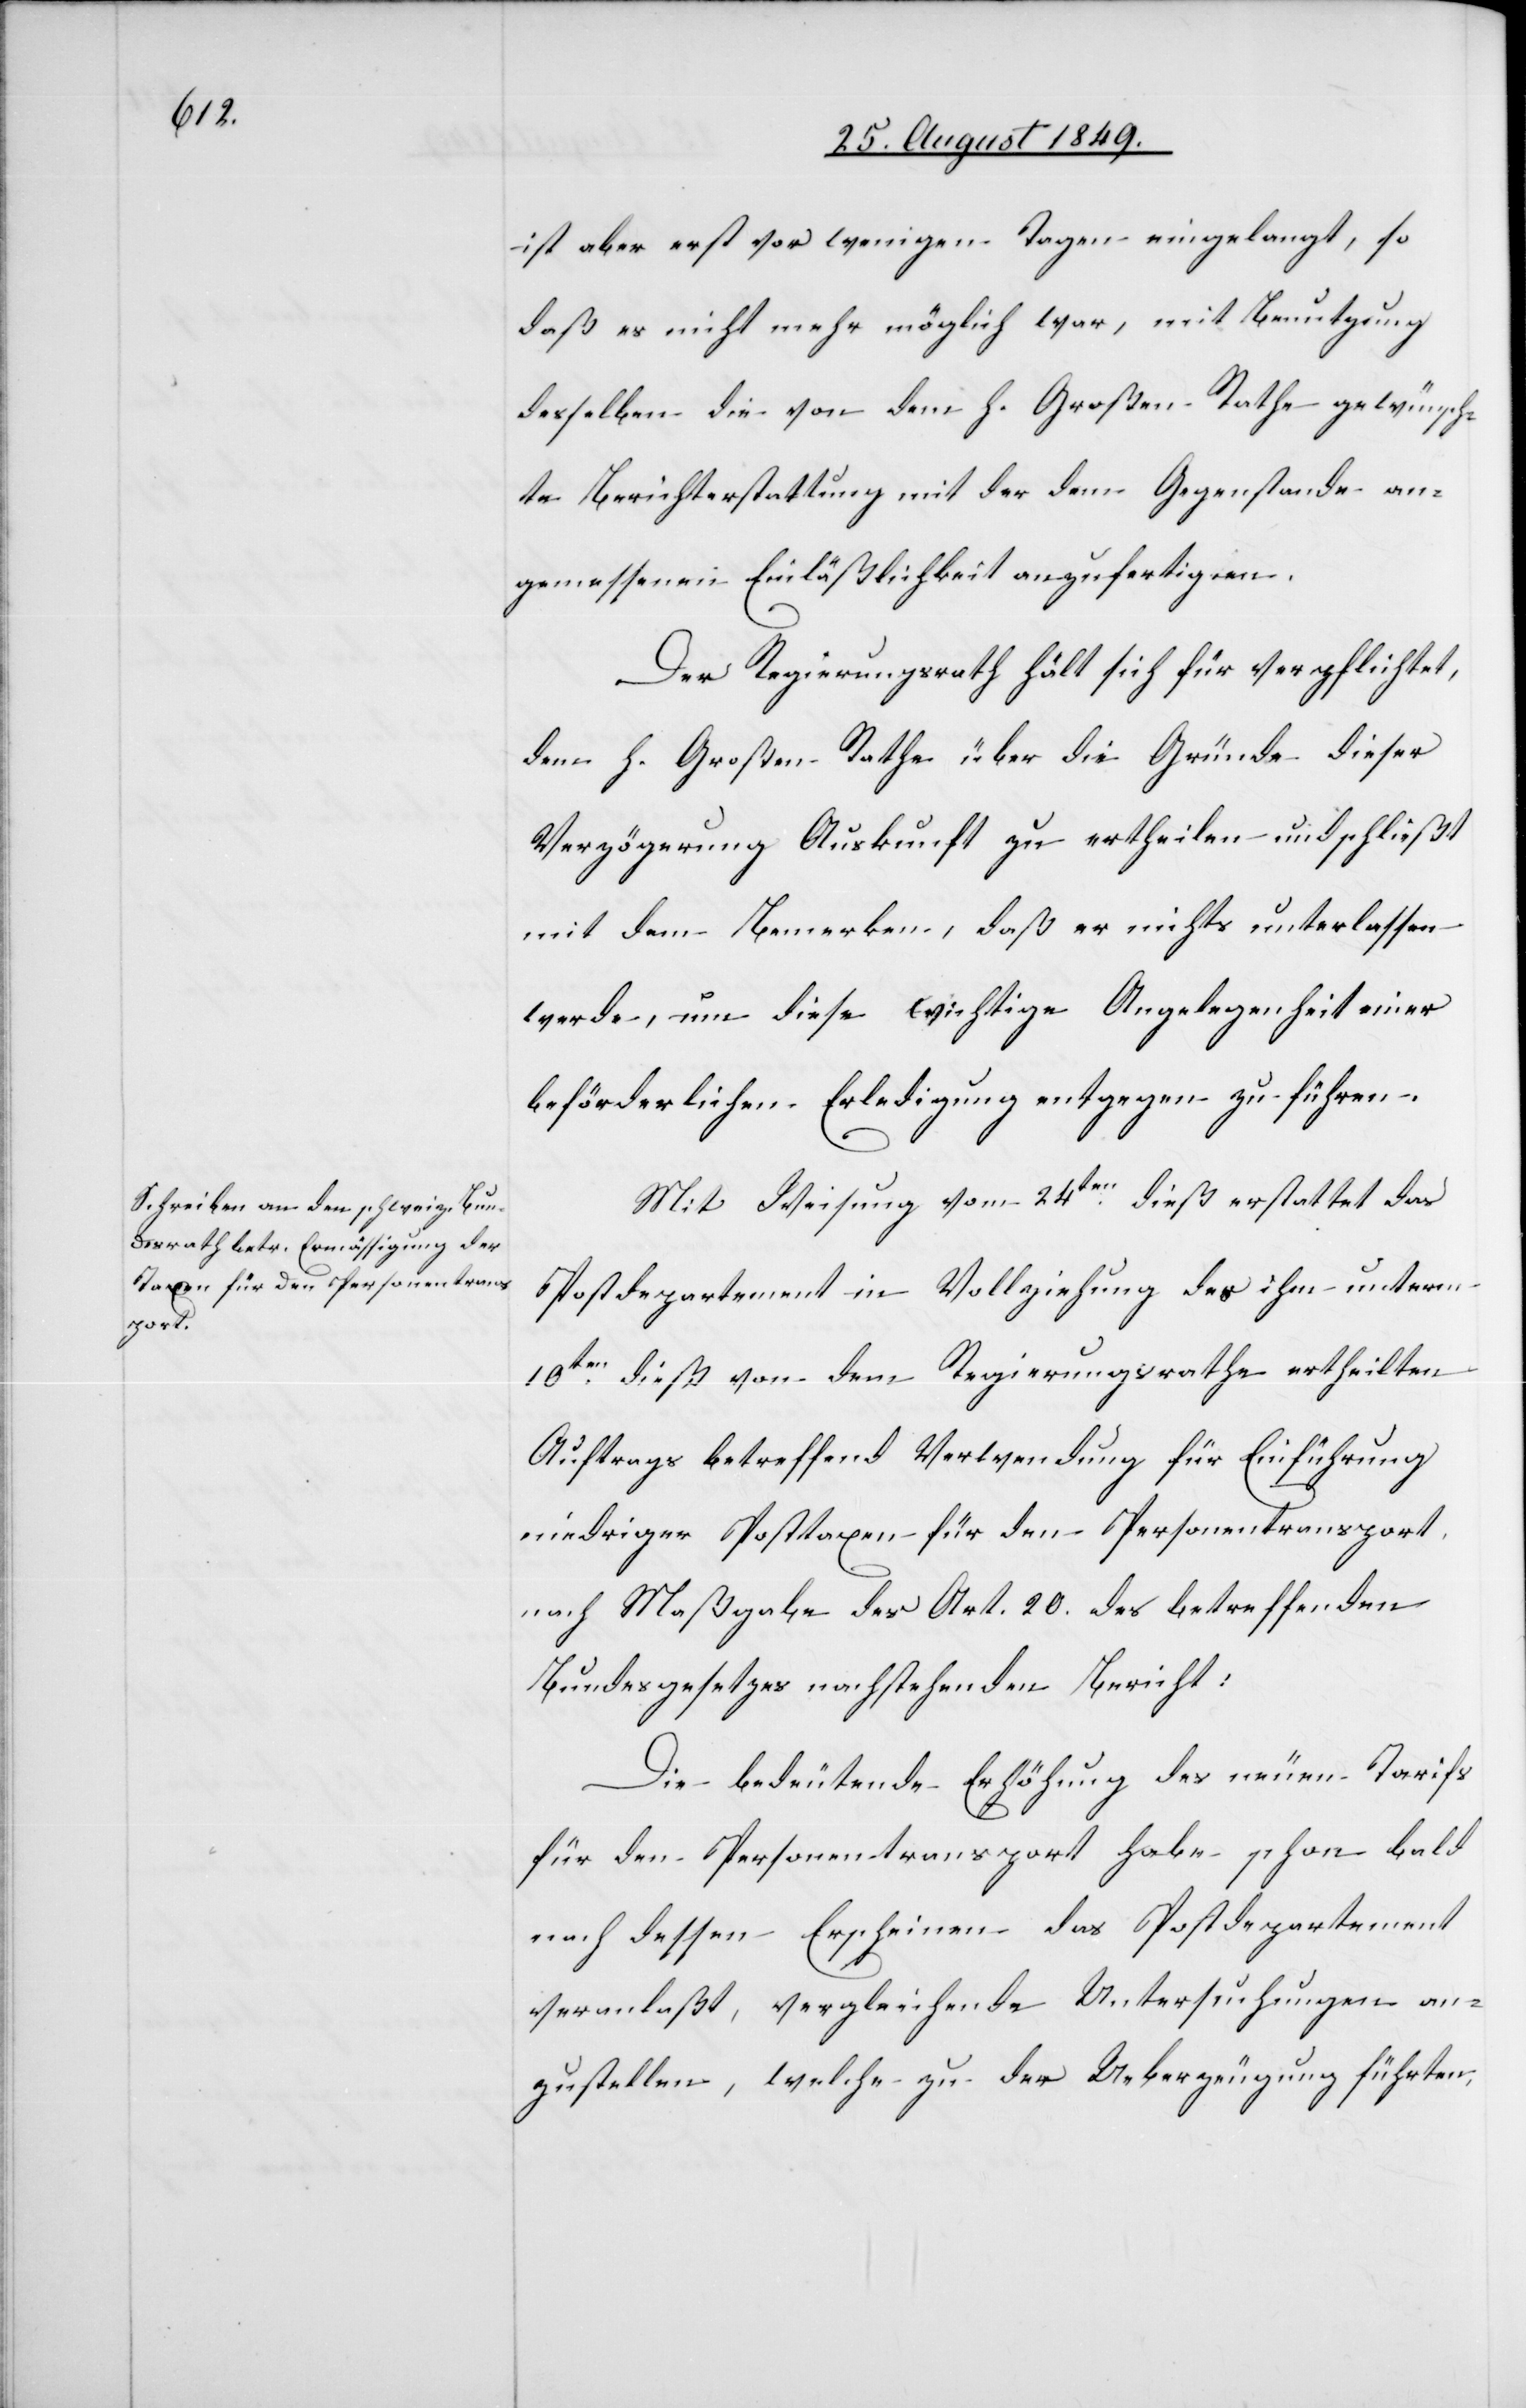
Mit Weisung vom 24ten dieß erstattet das
Postdepartement in Vollziehung des ihm unterm
10ten dieß von dem Regierungsrathe ertheilten
Auftrags betreffend Verwendung für Einführung
niedriger Posttaxen für den Personentransport,
nach Maßgabe des Art. 20. des betreffenden
Bundesgesetzes nachstehenden Bericht:
Die bedeutende Erhöhung des neuen Tarifs
für den Personentransport habe schon bald
nach dessen Erscheinen das Postdepartement
veranlaßt, vergleichende Untersuchungen an¬
zustellen, welche zu der Ueberzeugung führten,